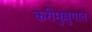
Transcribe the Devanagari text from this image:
करीमुल्लुगात